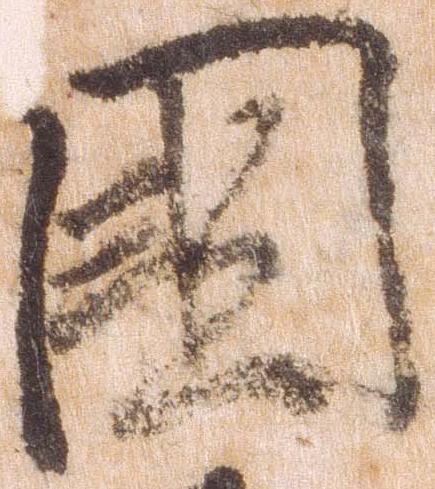
国